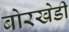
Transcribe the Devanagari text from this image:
बोरखेडी